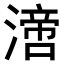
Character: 𣾪